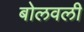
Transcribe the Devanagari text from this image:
बोलवली